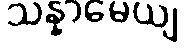
သန္နာမေယျ